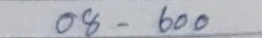
08 - 600